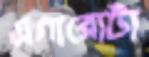
এগারোটা